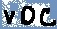
Text: VDC